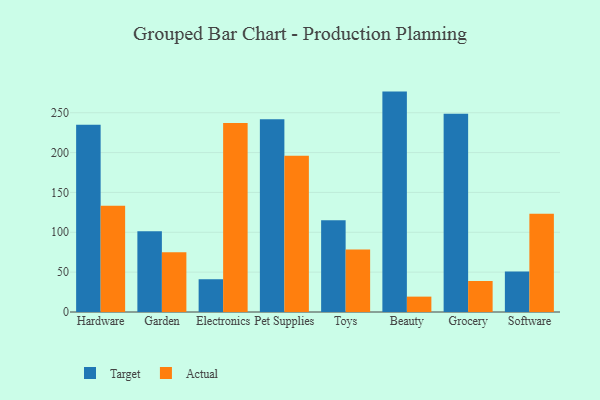
{"axis": {"x": "Category", "y": "Revenue (USD Million)"}, "legend": ["Actual", "Target"], "data": [{"x": "Hardware", "y": 235.0, "type": "Target"}, {"x": "Hardware", "y": 133.4, "type": "Actual"}, {"x": "Garden", "y": 101.3, "type": "Target"}, {"x": "Garden", "y": 74.9, "type": "Actual"}, {"x": "Electronics", "y": 41.1, "type": "Target"}, {"x": "Electronics", "y": 237.1, "type": "Actual"}, {"x": "Pet Supplies", "y": 241.8, "type": "Target"}, {"x": "Pet Supplies", "y": 195.9, "type": "Actual"}, {"x": "Toys", "y": 115.1, "type": "Target"}, {"x": "Toys", "y": 78.4, "type": "Actual"}, {"x": "Beauty", "y": 276.5, "type": "Target"}, {"x": "Beauty", "y": 19.3, "type": "Actual"}, {"x": "Grocery", "y": 248.8, "type": "Target"}, {"x": "Grocery", "y": 38.9, "type": "Actual"}, {"x": "Software", "y": 50.9, "type": "Target"}, {"x": "Software", "y": 123.3, "type": "Actual"}]}